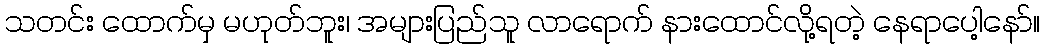
သတင်း ထောက်မှ မဟုတ်ဘူး၊ အများပြည်သူ လာရောက် နားထောင်လို့ရတဲ့ နေရာပေါ့နော်။